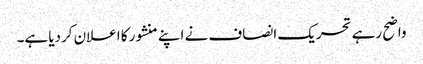
واضح رہے تحریک انصاف نے اپنے منشور کا اعلان کردیا ہے۔